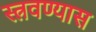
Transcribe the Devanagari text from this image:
स्त्रवण्यास